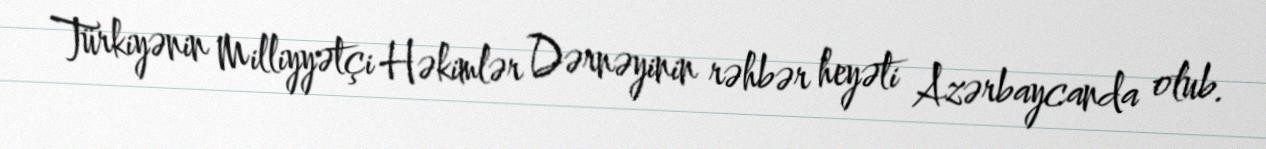
Türkiyənin Milliyyətçi Həkimlər Dərnəyinin rəhbər heyəti Azərbaycanda olub.